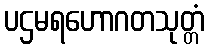
ပဌမရဟောဂတသုတ္တံ